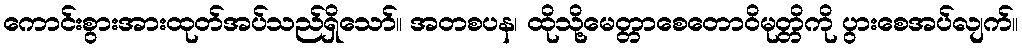
ကောင်းစွားအားထုတ်အပ်သည်ရှိသော်။ အတစပန၊ ထိုသို့မေတ္တာစေတောဝိမုတ္တိကို ပွားစေအပ်လျက်။